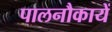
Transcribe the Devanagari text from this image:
पालनौकायें